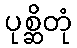
ပုစ္ဆိတုံ